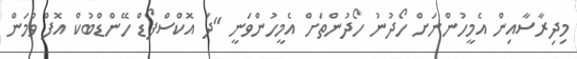
މިދިރާސާއިން އެމީހުންނަށް ހޯދުނު ހޯދުންތަށް އެމީހުންވަނީ "ދަ އޮކްސްފޯޑް ހޭންޑްބުކް އޮފް ވުމަން